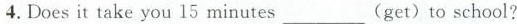
4.Doesit take you 15 minutes___（get） to school?